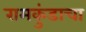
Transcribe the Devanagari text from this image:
रामकुंडाचा